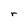
Character: r